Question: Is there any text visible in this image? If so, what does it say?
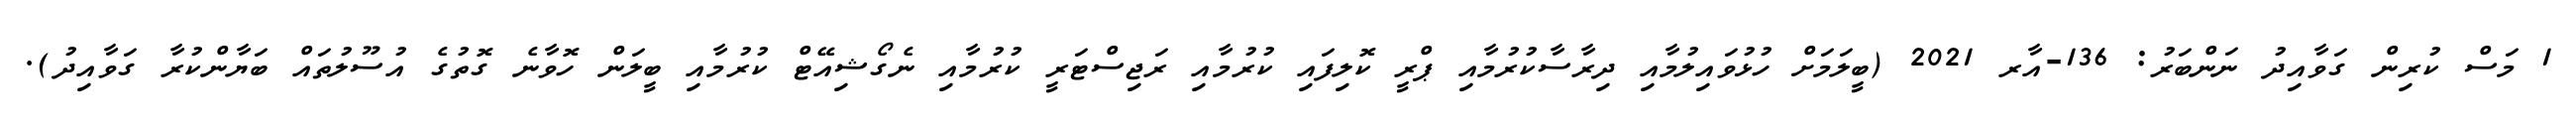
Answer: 1 މަސް ކުރިން ގަވާއިދު ނަންބަރު: 136-އާރ 2021 (ބީލަމަށް ހުޅުވައިލުމާއި ދިރާސާކުރުމާއި ޕްރީ ކޮލިފައި ކުރުމާއި ރަޖިސްޓަރީ ކުރުމާއި ނެގޯޝިއޭޓް ކުރުމާއި ބީލަން ހޮވާނެ ގޮތުގެ އުސޫލުތައް ބަޔާންކުރާ ގަވާއިދު).